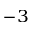
^ { - 3 }